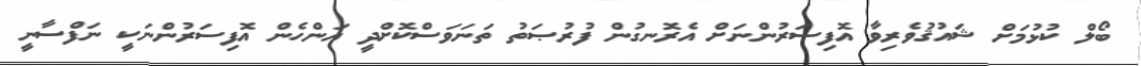
ބޯލް ކުޅުމަށް ޝައުޤުވެރިވާ އޮފިސަރުންނަށް އެރޮނގުން ފުރުޞަތު ތަނަވަސްކޮށްދީ އަންހެން އޮފިސަރުންނަކީ ނަފްސާނީ